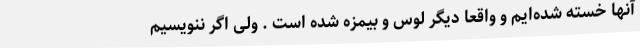
آنها خسته شده‌ایم و واقعا دیگر لوس و بیمزه شده است . ولی اگر ننویسیم